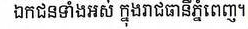
ឯកជនទាំងអស់ ក្នុងរាជធានីភ្នំពេញ។